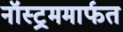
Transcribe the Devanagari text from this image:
नॉस्ट्रममार्फत